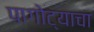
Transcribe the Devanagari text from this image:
पागोट्याचा